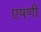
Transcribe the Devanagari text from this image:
एषणी